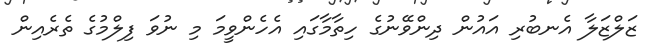
ޒަލްޒަލާ އެނބުރި އައުން ދިންވޭނުގެ ހިތާމާގައި އެހެންވީމަ މި ނުވަ ފިލްމުގެ ތެރެއިން